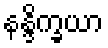
နန္ဒိက္ခယာ